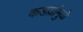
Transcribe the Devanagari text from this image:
कडय़ांमुळे